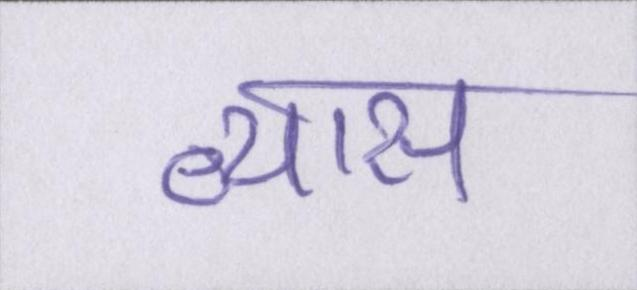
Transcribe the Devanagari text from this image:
व्यास